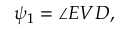
\psi _ { 1 } = \angle E V D ,